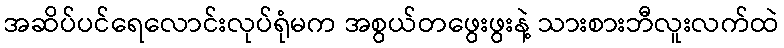
အဆိပ်ပင်ရေလောင်းလုပ်ရုံမက အစွယ်တဖွေးဖွးနဲ့ သားစားဘီလူးလက်ထဲ